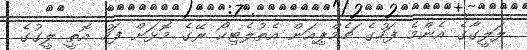
ލަލީގާގެ އެންމެ ފަހުގެ ޗެމްޕިއަން އެތުލެޓިކޯ ރޭގެ މޮޅަށް ފަހު އޮތީ ލީގުގެ